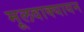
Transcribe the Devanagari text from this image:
मूलवाक्यायन